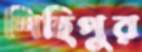
শিহিপুর